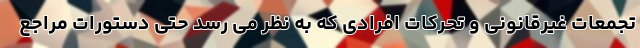
تجمعات غیرقانونی و تحرکات افرادی که به نظر می رسد حتی دستورات مراجع